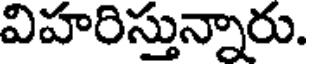
విహరిస్తున్నారు.